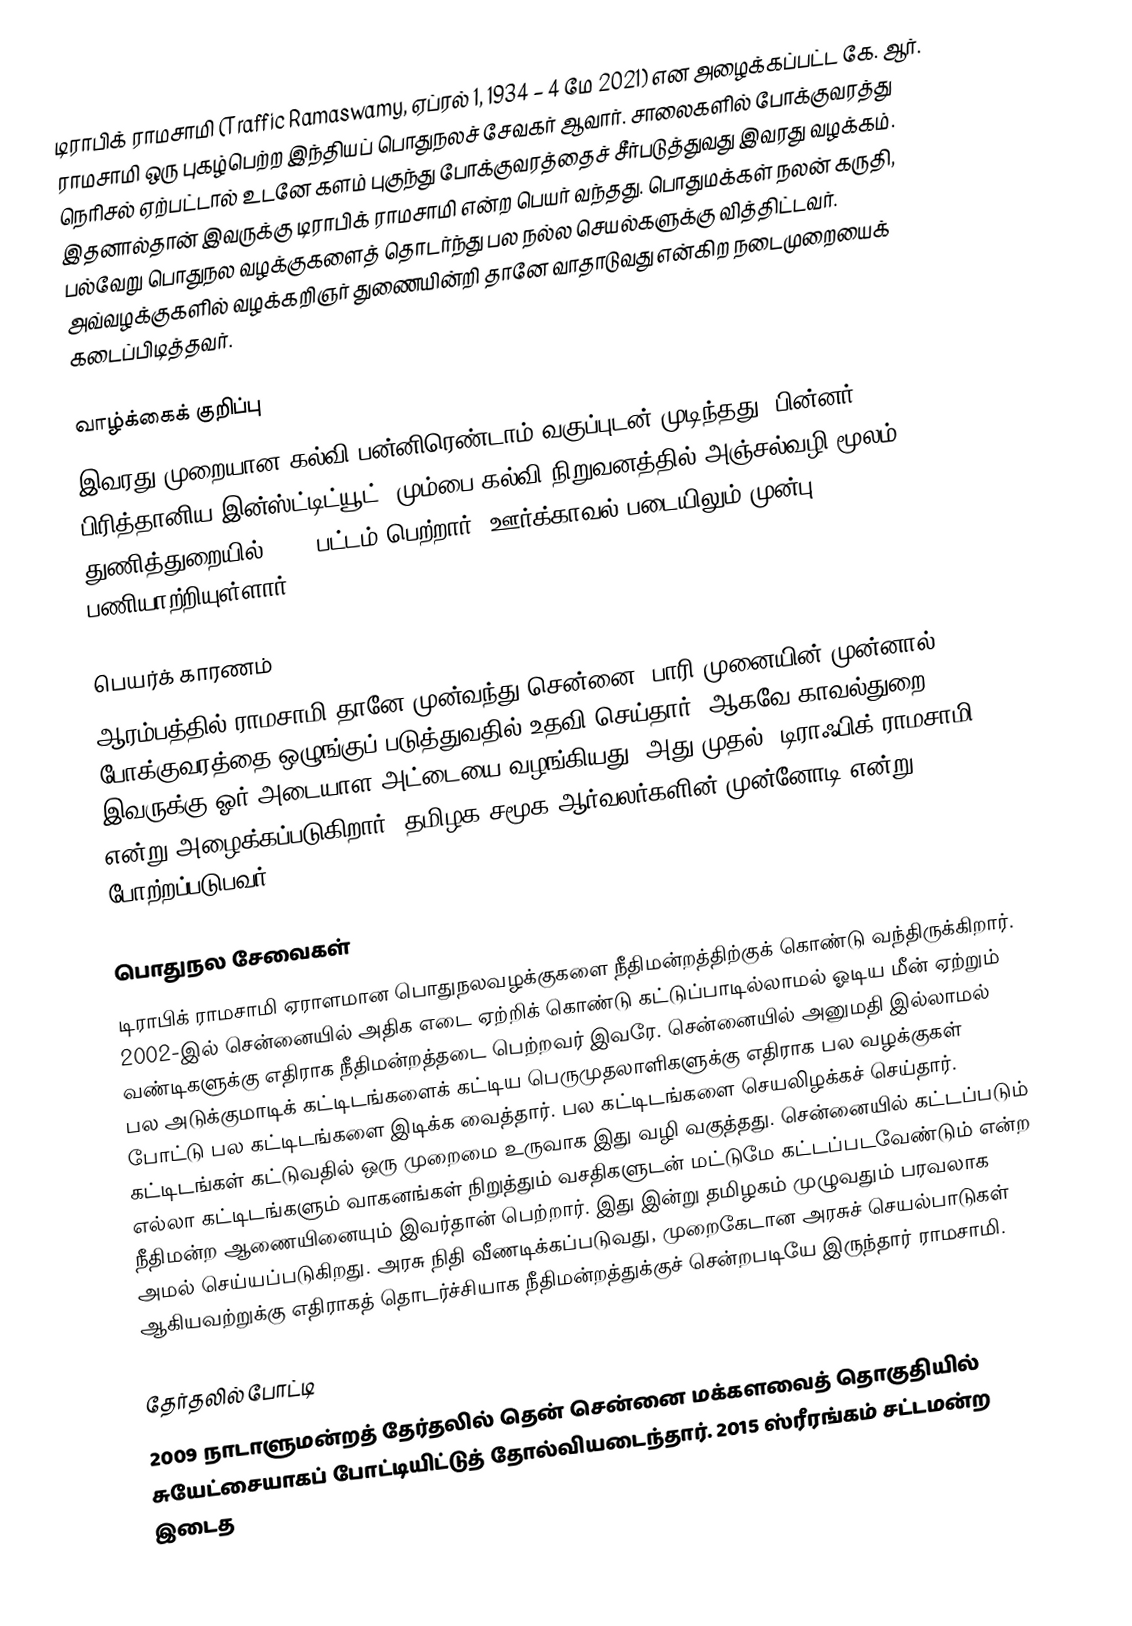
டிராபிக் ராமசாமி (Traffic Ramaswamy, ஏப்ரல் 1, 1934 – 4 மே 2021) என அழைக்கப்பட்ட கே. ஆர். ராமசாமி ஒரு புகழ்பெற்ற இந்தியப் பொதுநலச் சேவகர் ஆவார். சாலைகளில் போக்குவரத்து நெரிசல் ஏற்பட்டால் உடனே களம் புகுந்து போக்குவரத்தைச் சீர்படுத்துவது இவரது வழக்கம். இதனால்தான் இவருக்கு டிராபிக் ராமசாமி என்ற பெயர் வந்தது. பொதுமக்கள் நலன் கருதி, பல்வேறு பொதுநல வழக்குகளைத் தொடர்ந்து பல நல்ல செயல்களுக்கு வித்திட்டவர். அவ்வழக்குகளில் வழக்கறிஞர் துணையின்றி தானே வாதாடுவது என்கிற நடைமுறையைக் கடைப்பிடித்தவர்.

வாழ்க்கைக் குறிப்பு
இவரது முறையான கல்வி பன்னிரெண்டாம் வகுப்புடன் முடிந்தது. பின்னர் பிரித்தானிய இன்ஸ்ட்டிட்யூட், மும்பை கல்வி நிறுவனத்தில் அஞ்சல்வழி மூலம் துணித்துறையில் AMIE பட்டம் பெற்றார். ஊர்க்காவல் படையிலும் முன்பு பணியாற்றியுள்ளார்.

பெயர்க் காரணம்
ஆரம்பத்தில் ராமசாமி தானே முன்வந்து சென்னை, பாரி முனையின் முன்னால் போக்குவரத்தை ஒழுங்குப் படுத்துவதில் உதவி செய்தார். ஆகவே காவல்துறை இவருக்கு ஓர் அடையாள அட்டையை வழங்கியது. அது முதல் ”டிராஃபிக் ராமசாமி” என்று அழைக்கப்படுகிறார்.  தமிழக சமூக ஆர்வலர்களின் முன்னோடி என்று போற்றப்படுபவர்.

பொதுநல சேவைகள்
டிராபிக் ராமசாமி ஏராளமான பொதுநலவழக்குகளை நீதிமன்றத்திற்குக் கொண்டு வந்திருக்கிறார். 2002-இல் சென்னையில் அதிக எடை ஏற்றிக் கொண்டு கட்டுப்பாடில்லாமல் ஓடிய மீன் ஏற்றும் வண்டிகளுக்கு எதிராக நீதிமன்றத்தடை பெற்றவர் இவரே. சென்னையில் அனுமதி இல்லாமல் பல அடுக்குமாடிக் கட்டிடங்களைக் கட்டிய பெருமுதலாளிகளுக்கு எதிராக பல வழக்குகள் போட்டு பல கட்டிடங்களை இடிக்க வைத்தார். பல கட்டிடங்களை செயலிழக்கச் செய்தார். கட்டிடங்கள் கட்டுவதில் ஒரு முறைமை உருவாக இது வழி வகுத்தது. சென்னையில் கட்டப்படும் எல்லா கட்டிடங்களும் வாகனங்கள் நிறுத்தும் வசதிகளுடன் மட்டுமே கட்டப்படவேண்டும் என்ற நீதிமன்ற ஆணையினையும் இவர்தான் பெற்றார். இது இன்று தமிழகம் முழுவதும் பரவலாக அமல் செய்யப்படுகிறது. அரசு நிதி வீணடிக்கப்படுவது, முறைகேடான அரசுச் செயல்பாடுகள் ஆகியவற்றுக்கு எதிராகத் தொடர்ச்சியாக நீதிமன்றத்துக்குச் சென்றபடியே இருந்தார் ராமசாமி.

தேர்தலில் போட்டி
2009 நாடாளுமன்றத் தேர்தலில் தென் சென்னை மக்களவைத் தொகுதியில் சுயேட்சையாகப் போட்டியிட்டுத் தோல்வியடைந்தார். 2015 ஸ்ரீரங்கம் சட்டமன்ற இடைத